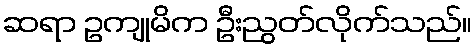
ဆရာ ဥကျုမိက ဦးညွတ်လိုက်သည်။